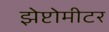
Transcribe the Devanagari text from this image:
झेप्टोमीटर